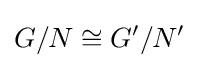
G/N\cong G'/N'